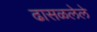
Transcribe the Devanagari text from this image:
ढासळलेले